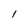
Character: 1